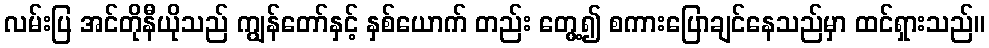
လမ်းပြ အင်တိုနီယိုသည် ကျွန်တော်နှင့် နှစ်ယောက် တည်း တွေ့၍ စကားပြောချင်နေသည်မှာ ထင်ရှားသည်။